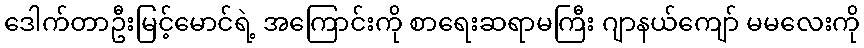
ဒေါက်တာဦးမြင့်မောင်ရဲ့ အကြောင်းကို စာရေးဆရာမကြီး ဂျာနယ်ကျော် မမလေးကို